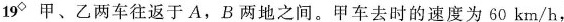
19^{◇}甲、乙两车往返于A，B两地之间。甲车去时的速度为60km/h，